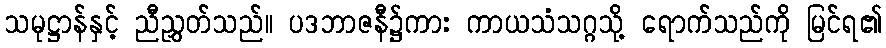
သမုဋ္ဌာန်နှင့် ညီညွှတ်သည်။ ပဒဘာဇနီ၌ကား ကာယသံသဂ္ဂသို့ ရောက်သည်ကို မြင်ရ၏